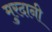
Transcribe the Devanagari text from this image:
मुरदानी